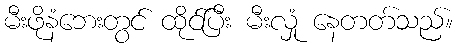
မီးဖိုနံဘေးတွင် ထိုင်ပြီး မီးလှုံ နေတတ်သည်။